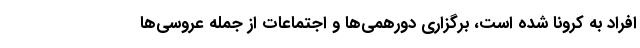
افراد به کرونا شده است، برگزاری دورهمی‌ها و اجتماعات از جمله عروسی‌ها